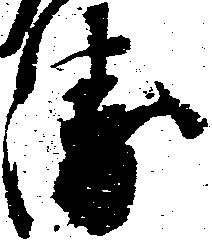
衛